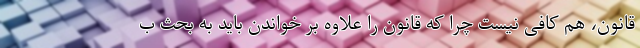
قانون، هم کافی نیست چرا که قانون را علاوه بر خواندن باید به بحث ب